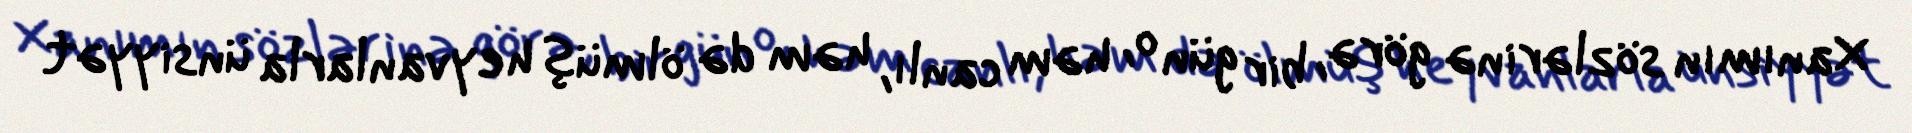
Xanımın sözlərinə görə, bir gün o, həm canlı, həm də ölmüş heyvanlarla ünsiyyət